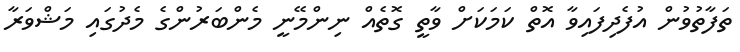
ތަފާތުވުން އުފެދިފައިވާ އޮތް ކަމަކަށް ވާތީ ގޮތެއް ނިންމޭނީ މެންބަރުންގެ މެދުގައި މަޝްވަރާ